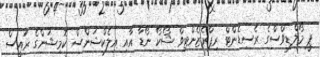
ޕީ މޯލްޑިވްސްގެ ރެސިޑެންޓް ރިޕްރެޒެންޓިވް ޝޯކޯ ނޯޑާ އާއި އިލެކްޝަންސް ކޮމިޝަންގެ ރައީސް